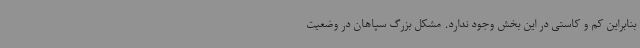
بنابراین کم و کاستی در این بخش وجود ندارد. مشکل بزرگ سپاهان در وضعیت